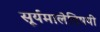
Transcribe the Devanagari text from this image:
सूर्यमालेविषयी